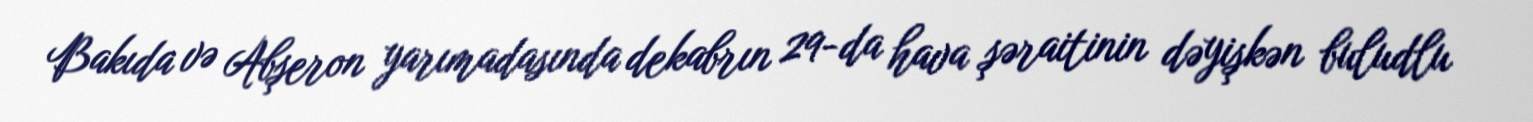
Bakıda və Abşeron yarımadasında dekabrın 29-da hava şəraitinin dəyişkən buludlu